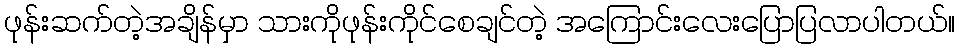
ဖုန်းဆက်တဲ့အချိန်မှာ သားကိုဖုန်းကိုင်စေချင်တဲ့ အကြောင်းလေးပြောပြလာပါတယ်။